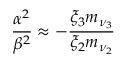
\frac { \alpha ^ { 2 } } { \beta ^ { 2 } } \approx - \frac { \xi _ { 3 } m _ { \nu _ { 3 } } } { \xi _ { 2 } m _ { \nu _ { 2 } } }